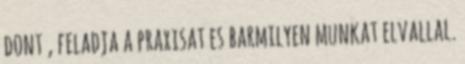
dont , feladja a praxisat es barmilyen munkat elvallal.